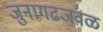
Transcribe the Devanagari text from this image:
जुनागढजवळ